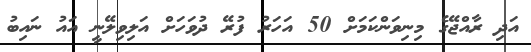
އަދި ރާއްޖޭގެ މިނިވަންކަމަށް 50 އަހަރު ފުރޭ ދުވަހަށް އަލިވިލޭނީ އައު ނައިބު